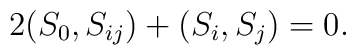
2(S_0,S_{ij})+(S_i,S_j)=0.